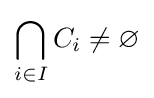
\bigcap _{i\in I}C_{i}\neq \varnothing